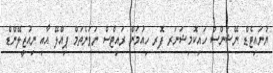
ޔުނައިޓެޑް ނޭޝަންސް ހައިކޮމިޝަނަރ ފޮރ ހިއުމަން ރައިޓްސް ނަވަނެތަމް ޕިއްލޭ އާއި ނިއުޒީލޭންޑް